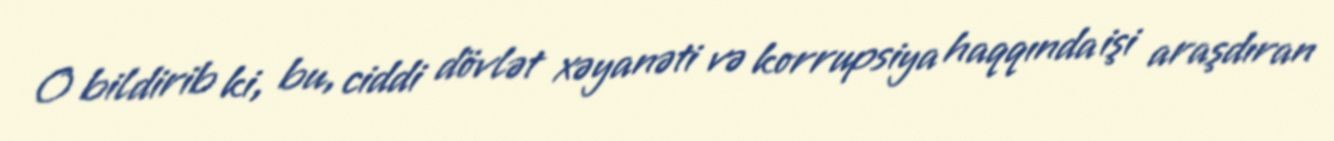
O bildirib ki, bu, ciddi dövlət xəyanəti və korrupsiya haqqında işi araşdıran